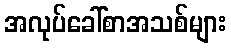
အလုပ်ခေါ်စာအသစ်များ